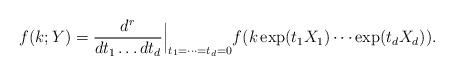
LaTeX: \begin{align*} f(k;Y) = \frac{d^r}{dt_1\ldots dt_d}\Big\vert_{t_1=\cdots=t_d=0} f( k\exp(t_1X_1)\cdots \exp(t_dX_d)).\end{align*}